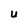
Character: U